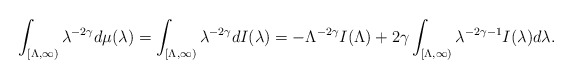
\begin{align*}\int_{[\Lambda, \infty)}\lambda^{-2 \gamma}d\mu(\lambda)=\int_{[\Lambda, \infty)}\lambda^{-2 \gamma}d I(\lambda)=-\Lambda^{-2 \gamma} I(\Lambda) +2 \gamma\int_{[\Lambda, \infty)}\lambda^{-2 \gamma - 1}I(\lambda)d \lambda.\end{align*}